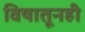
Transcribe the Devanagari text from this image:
विषातूनही